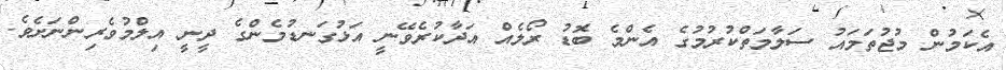
އެކަމުން މުޖުތަމައު ސަލާމަތްކުރުމުގެ އެންމެ ބޮޑު ރޯލެއް އަދާކުރެވޭނީ އަޅުގަނޑުމެންގެ ދީނީ އިލްމުވެރިންނަށެވެ.